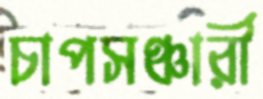
চাপসঞ্চারী